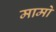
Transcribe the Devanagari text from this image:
मामो